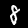
Label: 8